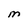
Character: M